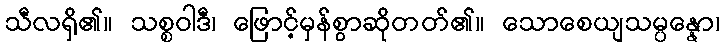
သီလရှိ၏။ သစ္စဝါဒီ၊ ဖြောင့်မှန်စွာဆိုတတ်၏။ သောစေယျသမ္ပန္နော၊